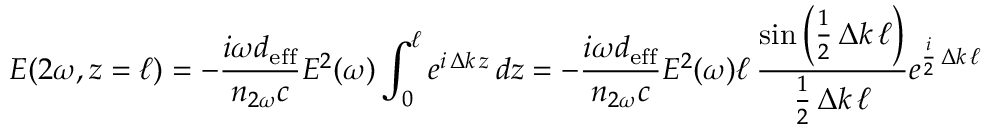
E ( 2 \omega , z = \ell ) = - { \frac { i \omega d _ { \mathrm { e f f } } } { n _ { 2 \omega } c } } E ^ { 2 } ( \omega ) \int _ { 0 } ^ { \ell } e ^ { i \, \Delta k \, z } \, d z = - { \frac { i \omega d _ { \mathrm { e f f } } } { n _ { 2 \omega } c } } E ^ { 2 } ( \omega ) \ell \, { \frac { \sin \left( { \frac { 1 } { 2 } } \, \Delta k \, \ell \right) } { { \frac { 1 } { 2 } } \, \Delta k \, \ell } } e ^ { { \frac { i } { 2 } } \, \Delta k \, \ell }